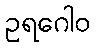
ဥရဂေါဝ